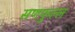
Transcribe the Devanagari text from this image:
सणफुल्ल